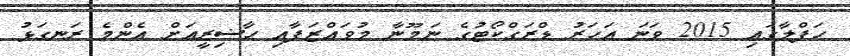
ޙަފްލާގައި 2015 ވަނަ އަހަރު ޑްރަގްކޯޓުގެ ނަމޫނާ މުވައްޒަފާއި ޙާޟިރީއަށް އެންމެ ރަނގަޅު